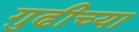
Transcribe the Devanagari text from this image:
गुढीच्या